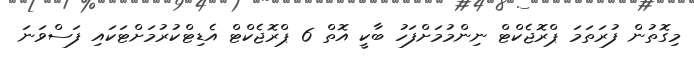
މިގޮތުން ފުރަތަމަ ޕްރޮޖެކްޓް ނިންމުމަށްފަހު ބާކީ އޮތް 6 ޕްރޮޖެކްޓް އެޑިޓްކުރުމަށްޓަކައި ފަސްވަނަ